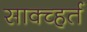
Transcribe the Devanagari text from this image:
साक्च्हर्त